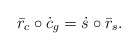
\begin{align*}\bar{r}_c\circ \dot{c}_g = \dot{s}\circ \bar{r}_s .\end{align*}